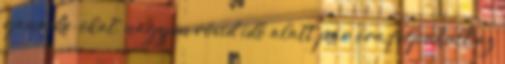
ganache-okat, nagyon rövid idő alatt pár óra felpuhult az